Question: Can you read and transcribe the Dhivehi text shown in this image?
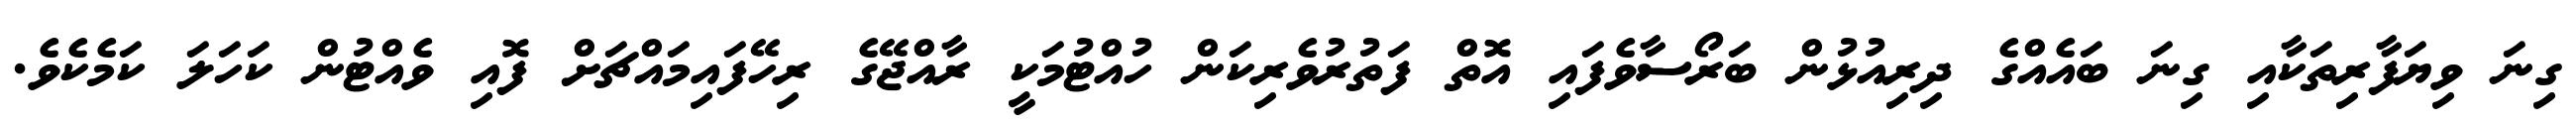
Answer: ގިނަ ވިޔަފާރިތަކާއި ގިނަ ބައެއްގެ ދިރިއުޅުން ބަރޯސާވެފައި އޮތް ފަތުރުވެރިކަން ހުއްޓުމަކީ ރާއްޖޭގެ ރިހޭފައިމައްޗަށް ފޮއި ވެއްޓުން ކަހަލަ ކަމެކެވެ.